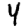
Digit: 4